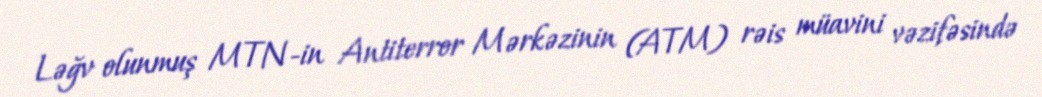
Ləğv olunmuş MTN-in Antiterror Mərkəzinin (ATM) rəis müavini vəzifəsində